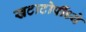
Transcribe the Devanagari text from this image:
खटाटोपींध्ये